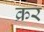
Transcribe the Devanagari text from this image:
क्रर